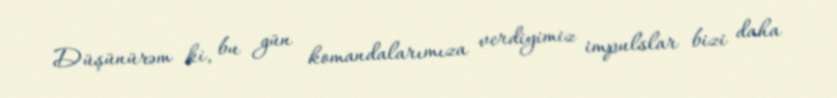
Düşünürəm ki, bu gün komandalarımıza verdiyimiz impulslar bizi daha